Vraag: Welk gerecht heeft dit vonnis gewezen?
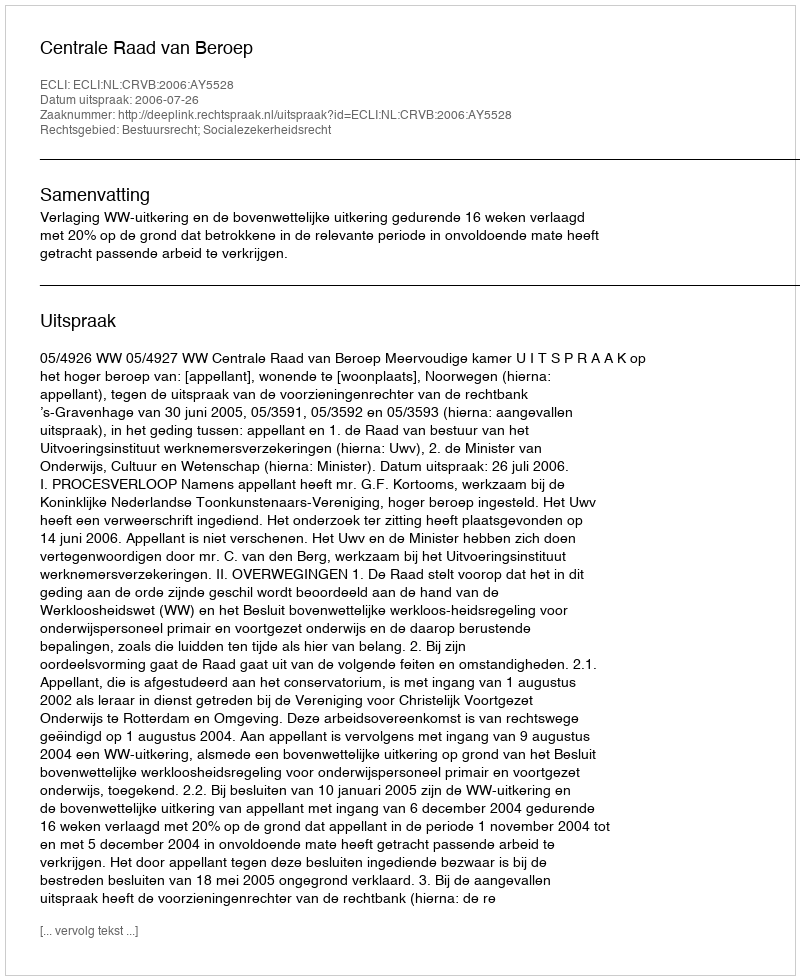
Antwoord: Centrale Raad van Beroep